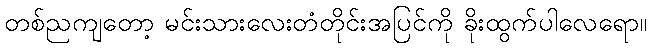
တစ်ညကျတော့ မင်းသားလေးတံတိုင်းအပြင်ကို ခိုးထွက်ပါလေရော။